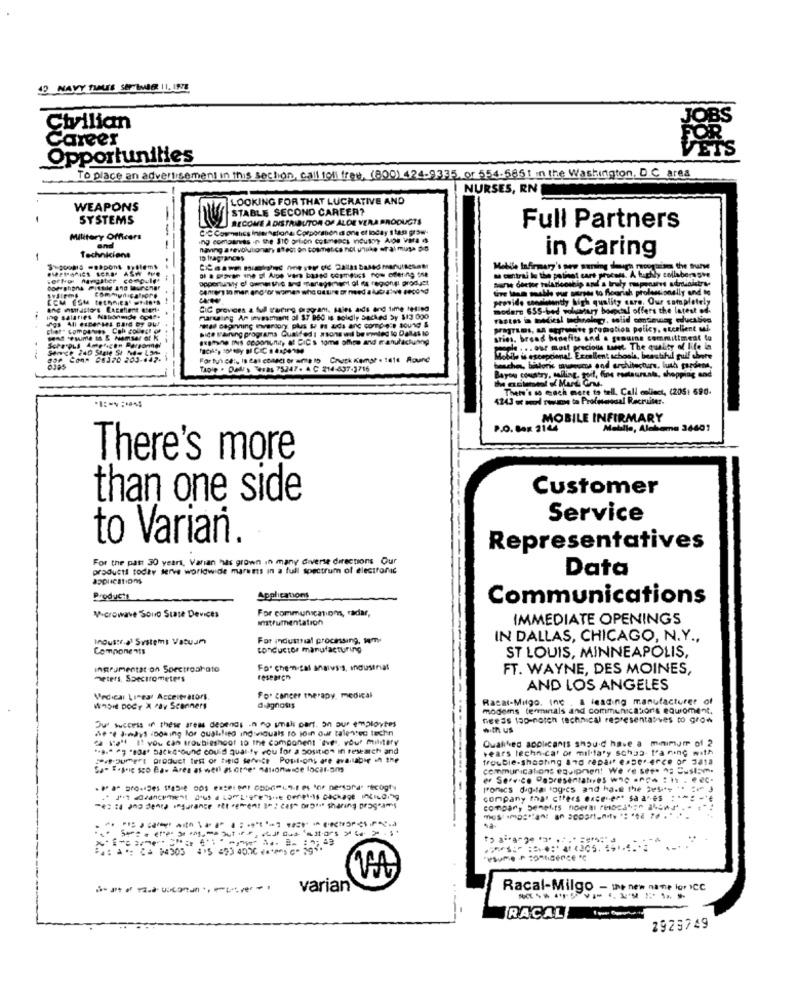
NAVY TIMES SEPTEMBER 11. INTE
OBS
Civilian
Career
Opportunities
To place an advertisement in this section, call toll free, (800) 424-9335, or 554-5851 in the Washington, D.C area
NURSES, RN
LOOKING FOR THAT LUCRATIVE AND
WEAPONS
STABLE SECOND CAREER?
SYSTEMS
BECOME A DISTRIBUTOR OF ALOE VERA PRODUCTS
CC Cosmetics Internationa Corporation d one et loday 1 tas grow-
Full Partners
Military Officers
ing companies in the 310 ortion cotmencs nousoy ADe VHS 6
Technicians
and
having a revolutionary Ifest on cosmetics not unuke wal muss die
ID fraGrances
in Caring
a citral le the patient cart process. A taky collabernsve
Mobile Infirmary's now woning slaugh rouquine, the true
Doporuwhy of ownerthe and artagement of me regional product
Doeshans Pittile ang launcher
centers in man and"of women who Getire or med a lucca)ve JedNg
tve Iten sealde muur surses to flourish professionelly and to
provide constantly high quality caro. Our completely
SIG provides a full t'aring program. sies aids and time telled
modern 655-bed voluntary boepetal offers the latest od-
ing salaries Nationmde og4.
marteling An investment of $7 960 is solidly backed Sy $13 000
schoology, solid osnway education
Bide t'aining programs Qualded : xsons will be imled to Dat4s 10
praTries, Ma crossne promotion policy, excellent wi
stins, bread benefits and a genuine committment lo
maple . . . our most precious mange. The quality of life in
COM" 06370 203-447.
For tui ce :, In 2al consci or write to Check Kemal . 1814 Round
Mobil- is excepcional. Excellent schools, beautiful gulf abete
Tap'e . Dall' s Teras 75247. A. C 214 -437-3716
bauches, historis museums and architecture, luth gardens,
Bayoy country, calling, port, fins restaurata, shopping and
Thehe's so much more to tell. Call collect, (205: 590-
4143 or mal resume to Profmassal Recruiter.
MOBILE INFIRMARY
P.O. Box 2144
Mobile, Alabama 3440?
There's more
Customer
than one side
Service
to Varian.
Representatives
For the past 30 years, Varian has grown in many diverse directions Our
products today serve worldwide marees in a full spectrum of electronic
Data
Products
Applications
Communications
For communications, radar,
Mocrowave Sono State Devices
IMMEDIATE OPENINGS
Industr.a) Systems Vacuum
For Industrial processing. m.
IN DALLAS, CHICAGO, N.Y .,
Components
conductor manufacturing
ST LOUIS, MINNEAPOLIS,
instrumentation Spectroshato
For chemical Malvis, industrial
FT. WAYNE, DES MOINES,
meters, Spectrometers
research
AND LOS ANGELES
Vedical Linear Accelerators.
For cancer therapy, medical
Rasal-Milgo, Inc . a leading manufacturer of
WASie DOCY X Pay Scanners
diagnosis
modems terminals and communications equioment.
Our success in these areas depends in no unali cant. on our employtes
needs top-notch technical representatives to grow
ne " Jindys looking for qualified individuals to join our talented techn
with US
ca 1:" If you can troubleshoot to the component "Ive . your military
Quathed applicants should have a minimum of 2
".8." " "808 Back"ound could quality You for a position in research and
sears technica' or miltary schaa- t'a ning with
:4 mert produet first of field Service Post-ons are available in the
trouble-shooting and repair esser-erce of 3ata
Sa- E.pric sco Ba- Ares as well as cine" nationwide local-sms
communications eauipnen! We re see. ^ Custom.
er Service Dabresentaties who -och : h . e ec-
pronscs dug-la logies and ha. the 25
company that cifers encevert sa ares
Ser= = emer so eng, me but ier, wir Das "astors > Co 2. 5"
varian
Racal-Milgo - the new name for ICC
RACALI
2929749